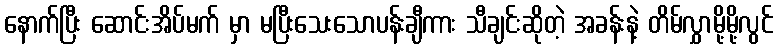
နောက်ပြီး ဆောင်းအိပ်မက် မှာ မပြီးသေးသောပန်းချီကား သီချင်းဆိုတဲ့ အခန်းနဲ့ တိမ်လွှာမို့မို့လွင်